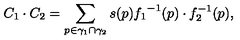
C _ { 1 } \cdot C _ { 2 } = \sum _ { p \in \gamma _ { 1 } \cap \gamma _ { 2 } } s ( p ) { f _ { 1 } } ^ { - 1 } ( p ) \cdot f _ { 2 } ^ { - 1 } ( p ) ,